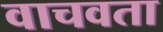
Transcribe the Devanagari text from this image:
वाचवता